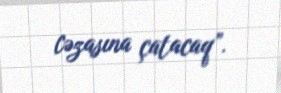
cəzasına çatacaq”.